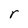
Character: r